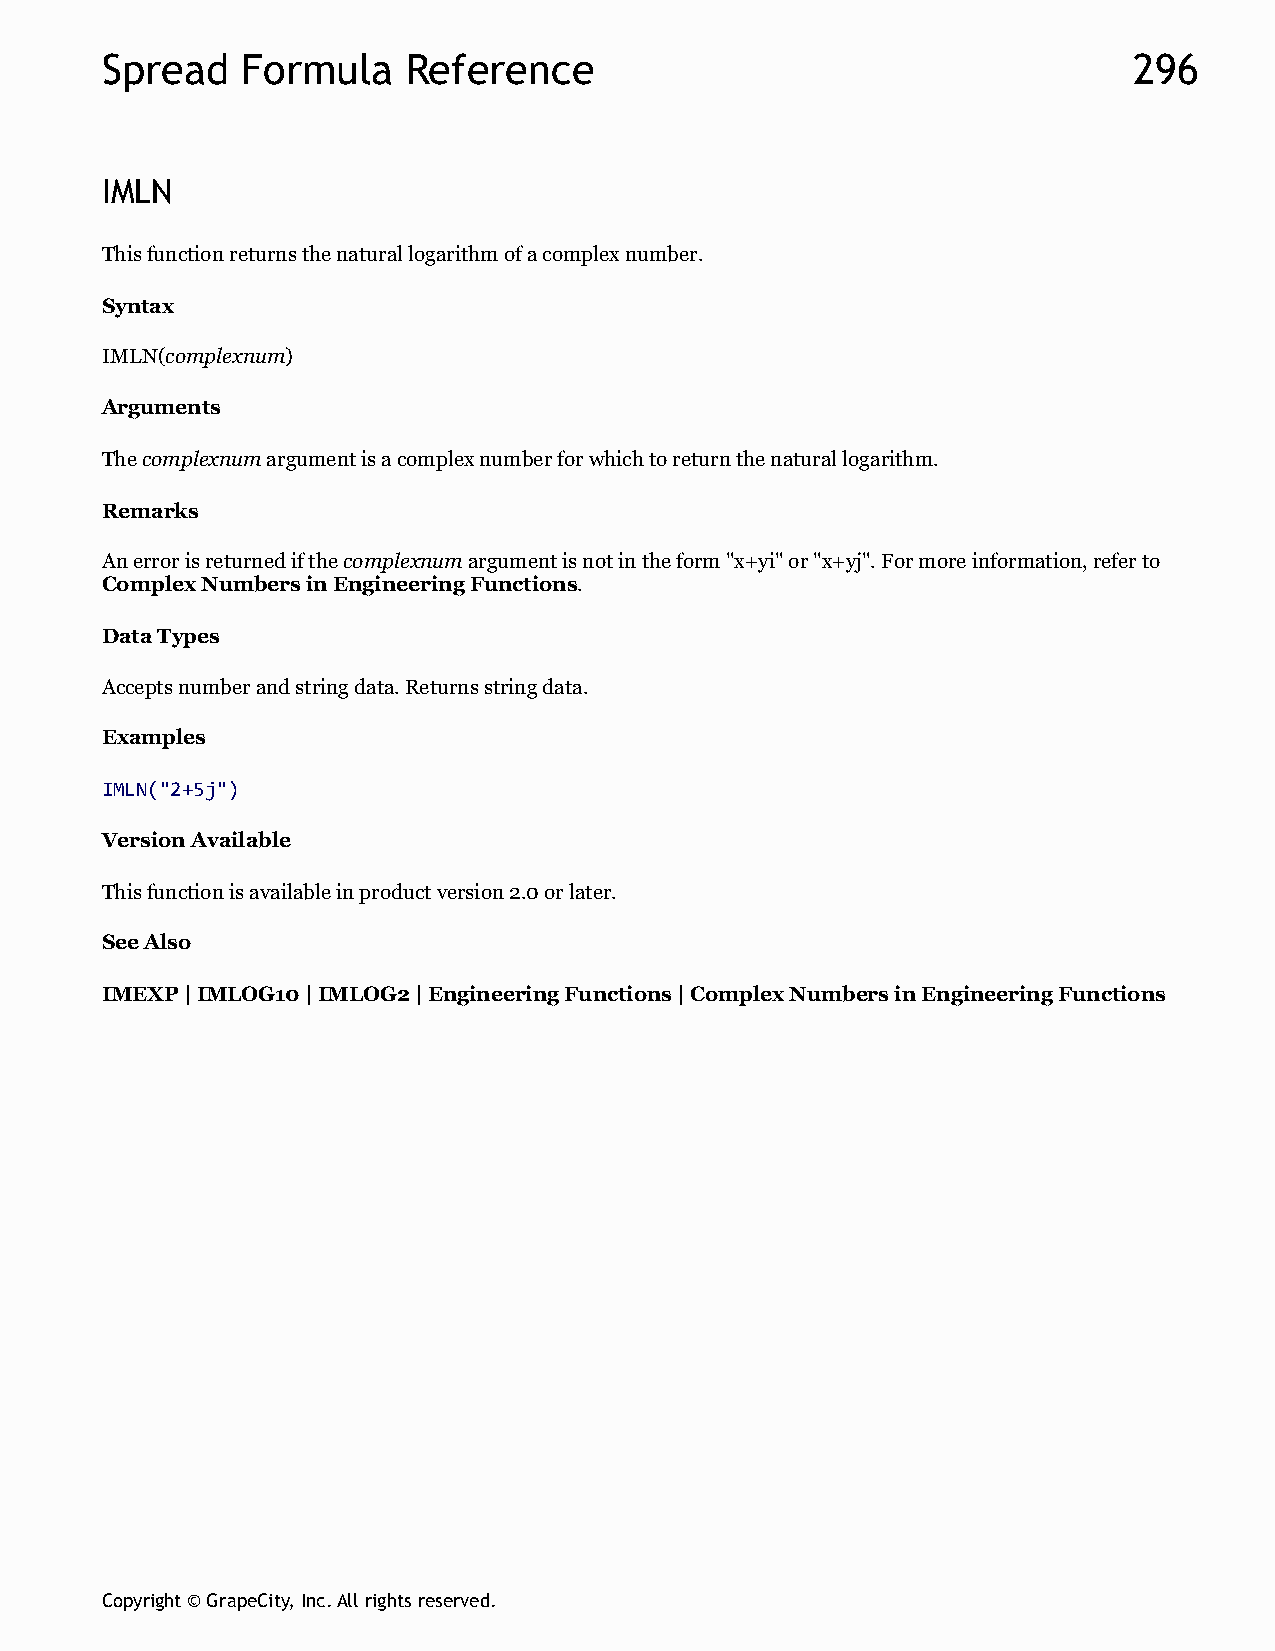
Spread   Formula    Reference                                       296
 IMLN
 This function returns the natural logarithm of a complex number.
 Syntax
 IMLN(complexnum)
 Arguments
 The complexnum argument is a complex number for which to return the natural logarithm.
 Remarks
 An error is returned if the complexnum argument is not in the form "x+yi" or "x+yj". For more information, refer to
 Complex Numbers in Engineering Functions.
 Data Types
 Accepts number and string data. Returns string data.
 Examples
 IMLN("2+5j")
 Version Available
 This function is available in product version 2.0 or later.
 See Also
 IMEXP | IMLOG10 | IMLOG2 | Engineering Functions | Complex Numbers in Engineering Functions
 Copyright © GrapeCity, Inc. All rights reserved.